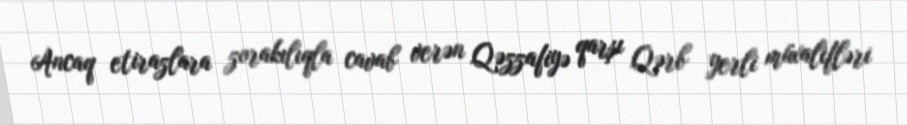
Ancaq etirazlara zorakılıqla cavab verən Qəzzafiyə qarşı Qərb yerli müxalifləri